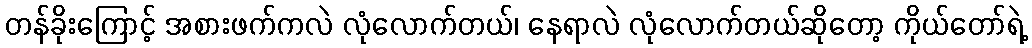
တန်ခိုးကြောင့် အစားဖက်ကလဲ လုံလောက်တယ်၊ နေရာလဲ လုံလောက်တယ်ဆိုတော့ ကိုယ်တော်ရဲ့